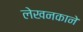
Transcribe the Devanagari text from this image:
लेखनकाने